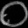
Digit: ၀